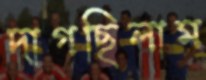
দাগছিলাম